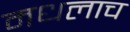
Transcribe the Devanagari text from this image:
मधलाच